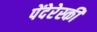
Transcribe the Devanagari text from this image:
पेंदेरेस्की